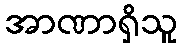
အာဏာရှိသူ